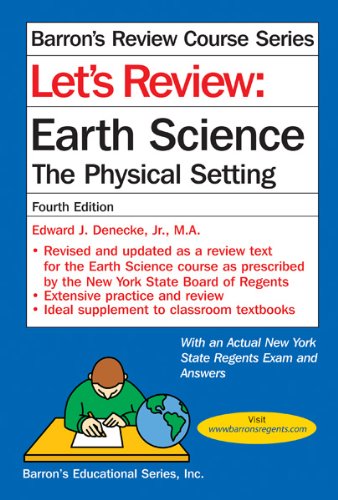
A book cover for Let's Review Earth Science: The Physical Setting; Edward J. Denecke Jr. M.A.; Test Preparation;